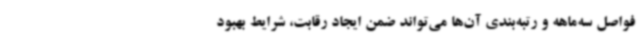
فواصل سه‌ماهه و رتبه‌بندی آن‌ها می‌تواند ضمن ایجاد رقابت، شرایط بهبود